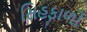
સિહફાળો